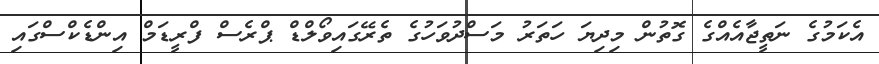
އެކަމުގެ ނަތީޖާއެއްގެ ގޮތުން މިދިޔަ ހަތަރު މަސްދުވަހުގެ ތެރޭގައިވޯލްޑް ޕްރެސް ފްރީޑަމް އިންޑެކްސްގައި